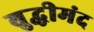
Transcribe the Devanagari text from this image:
बुद्धीमंद